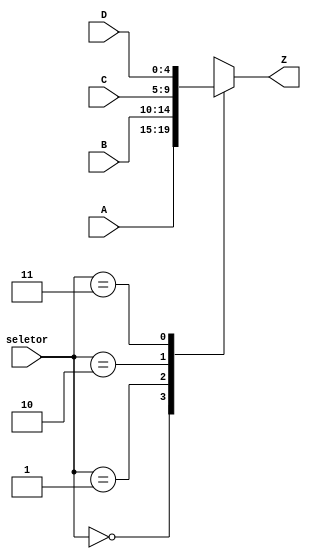
module Mux4_5bits(A,B,C,D,Z,seletor);

input [4:0] A,B,C,D;
input [1:0] seletor;
output reg [4:0] Z;

always@(*)
	begin
		case(seletor)
			2'b00: Z=A;
			2'b01: Z=B;
			2'b10: Z=C;
			2'b11: Z=D;
			default: Z=5'b00000;
		endcase
	end
endmodule